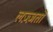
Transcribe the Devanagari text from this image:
लज़्ज़तों